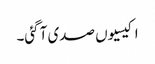
اکیسیوں صدی آ گئی۔